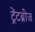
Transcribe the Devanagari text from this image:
ट्रेंटब्रीज